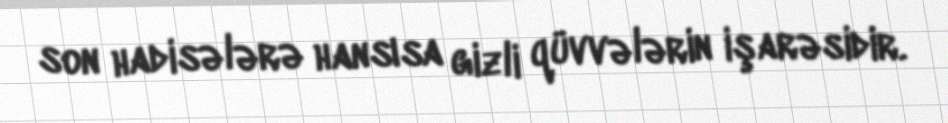
son hadisələrə hansısa gizli qüvvələrin işarəsidir.